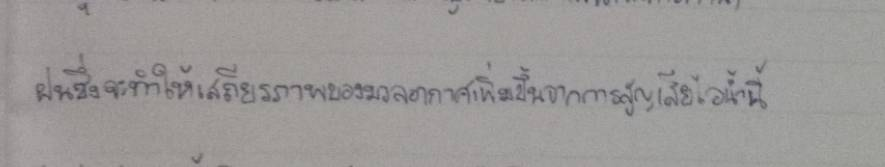
ฝนซึ่งจะทำให้เสถียรภาพของมวลอากาศเพิ่มขึ้นจากการสูญเสียไอน้ำนี้